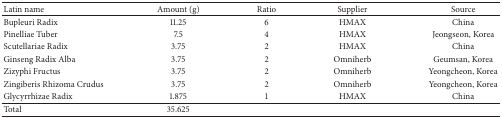
<table><thead><tr><td><b>Latin name</b></td><td><b>Amount (g)</b></td><td><b>Ratio</b></td><td><b>Supplier</b></td><td><b>Source</b></td></tr></thead><tbody><tr><td>Bupleuri Radix</td><td>11.25</td><td>6</td><td>HMAX</td><td>China</td></tr><tr><td>Pinelliae Tuber</td><td>7.5</td><td>4</td><td>HMAX</td><td>Jeongseon, Korea</td></tr><tr><td>Scutellariae Radix</td><td>3.75</td><td>2</td><td>HMAX</td><td>China</td></tr><tr><td>Ginseng Radix Alba</td><td>3.75</td><td>2</td><td>Omniherb</td><td>Geumsan, Korea</td></tr><tr><td>Zizyphi Fructus</td><td>3.75</td><td>2</td><td>Omniherb</td><td>Yeongcheon, Korea</td></tr><tr><td>Zingiberis Rhizoma Crudus</td><td>3.75</td><td>2</td><td>Omniherb</td><td>Yeongcheon, Korea</td></tr><tr><td>Glycyrrhizae Radix</td><td>1.875</td><td>1</td><td>HMAX</td><td>China</td></tr><tr><td>Total</td><td>35.625</td><td> </td><td> </td><td> </td></tr></tbody></table>